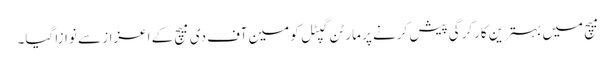
میچ میں بہترین کارکرگی پیش کرنے پر مارٹن گپٹل کو مین آف دی میچ کے اعزاز سے نوازا گیا۔